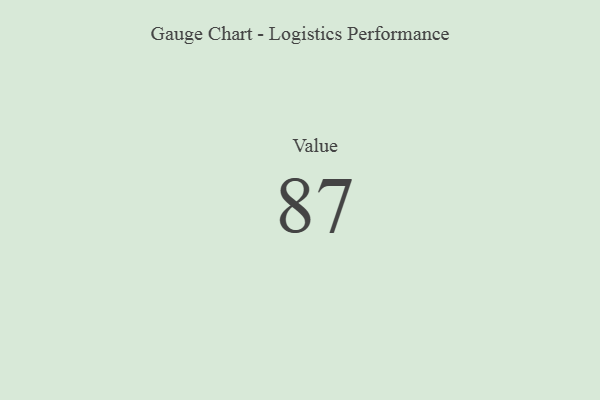
{"axis": {"x": "Metric", "y": "Value"}, "legend": [""], "data": [{"x": "Value", "y": 87, "type": ""}]}